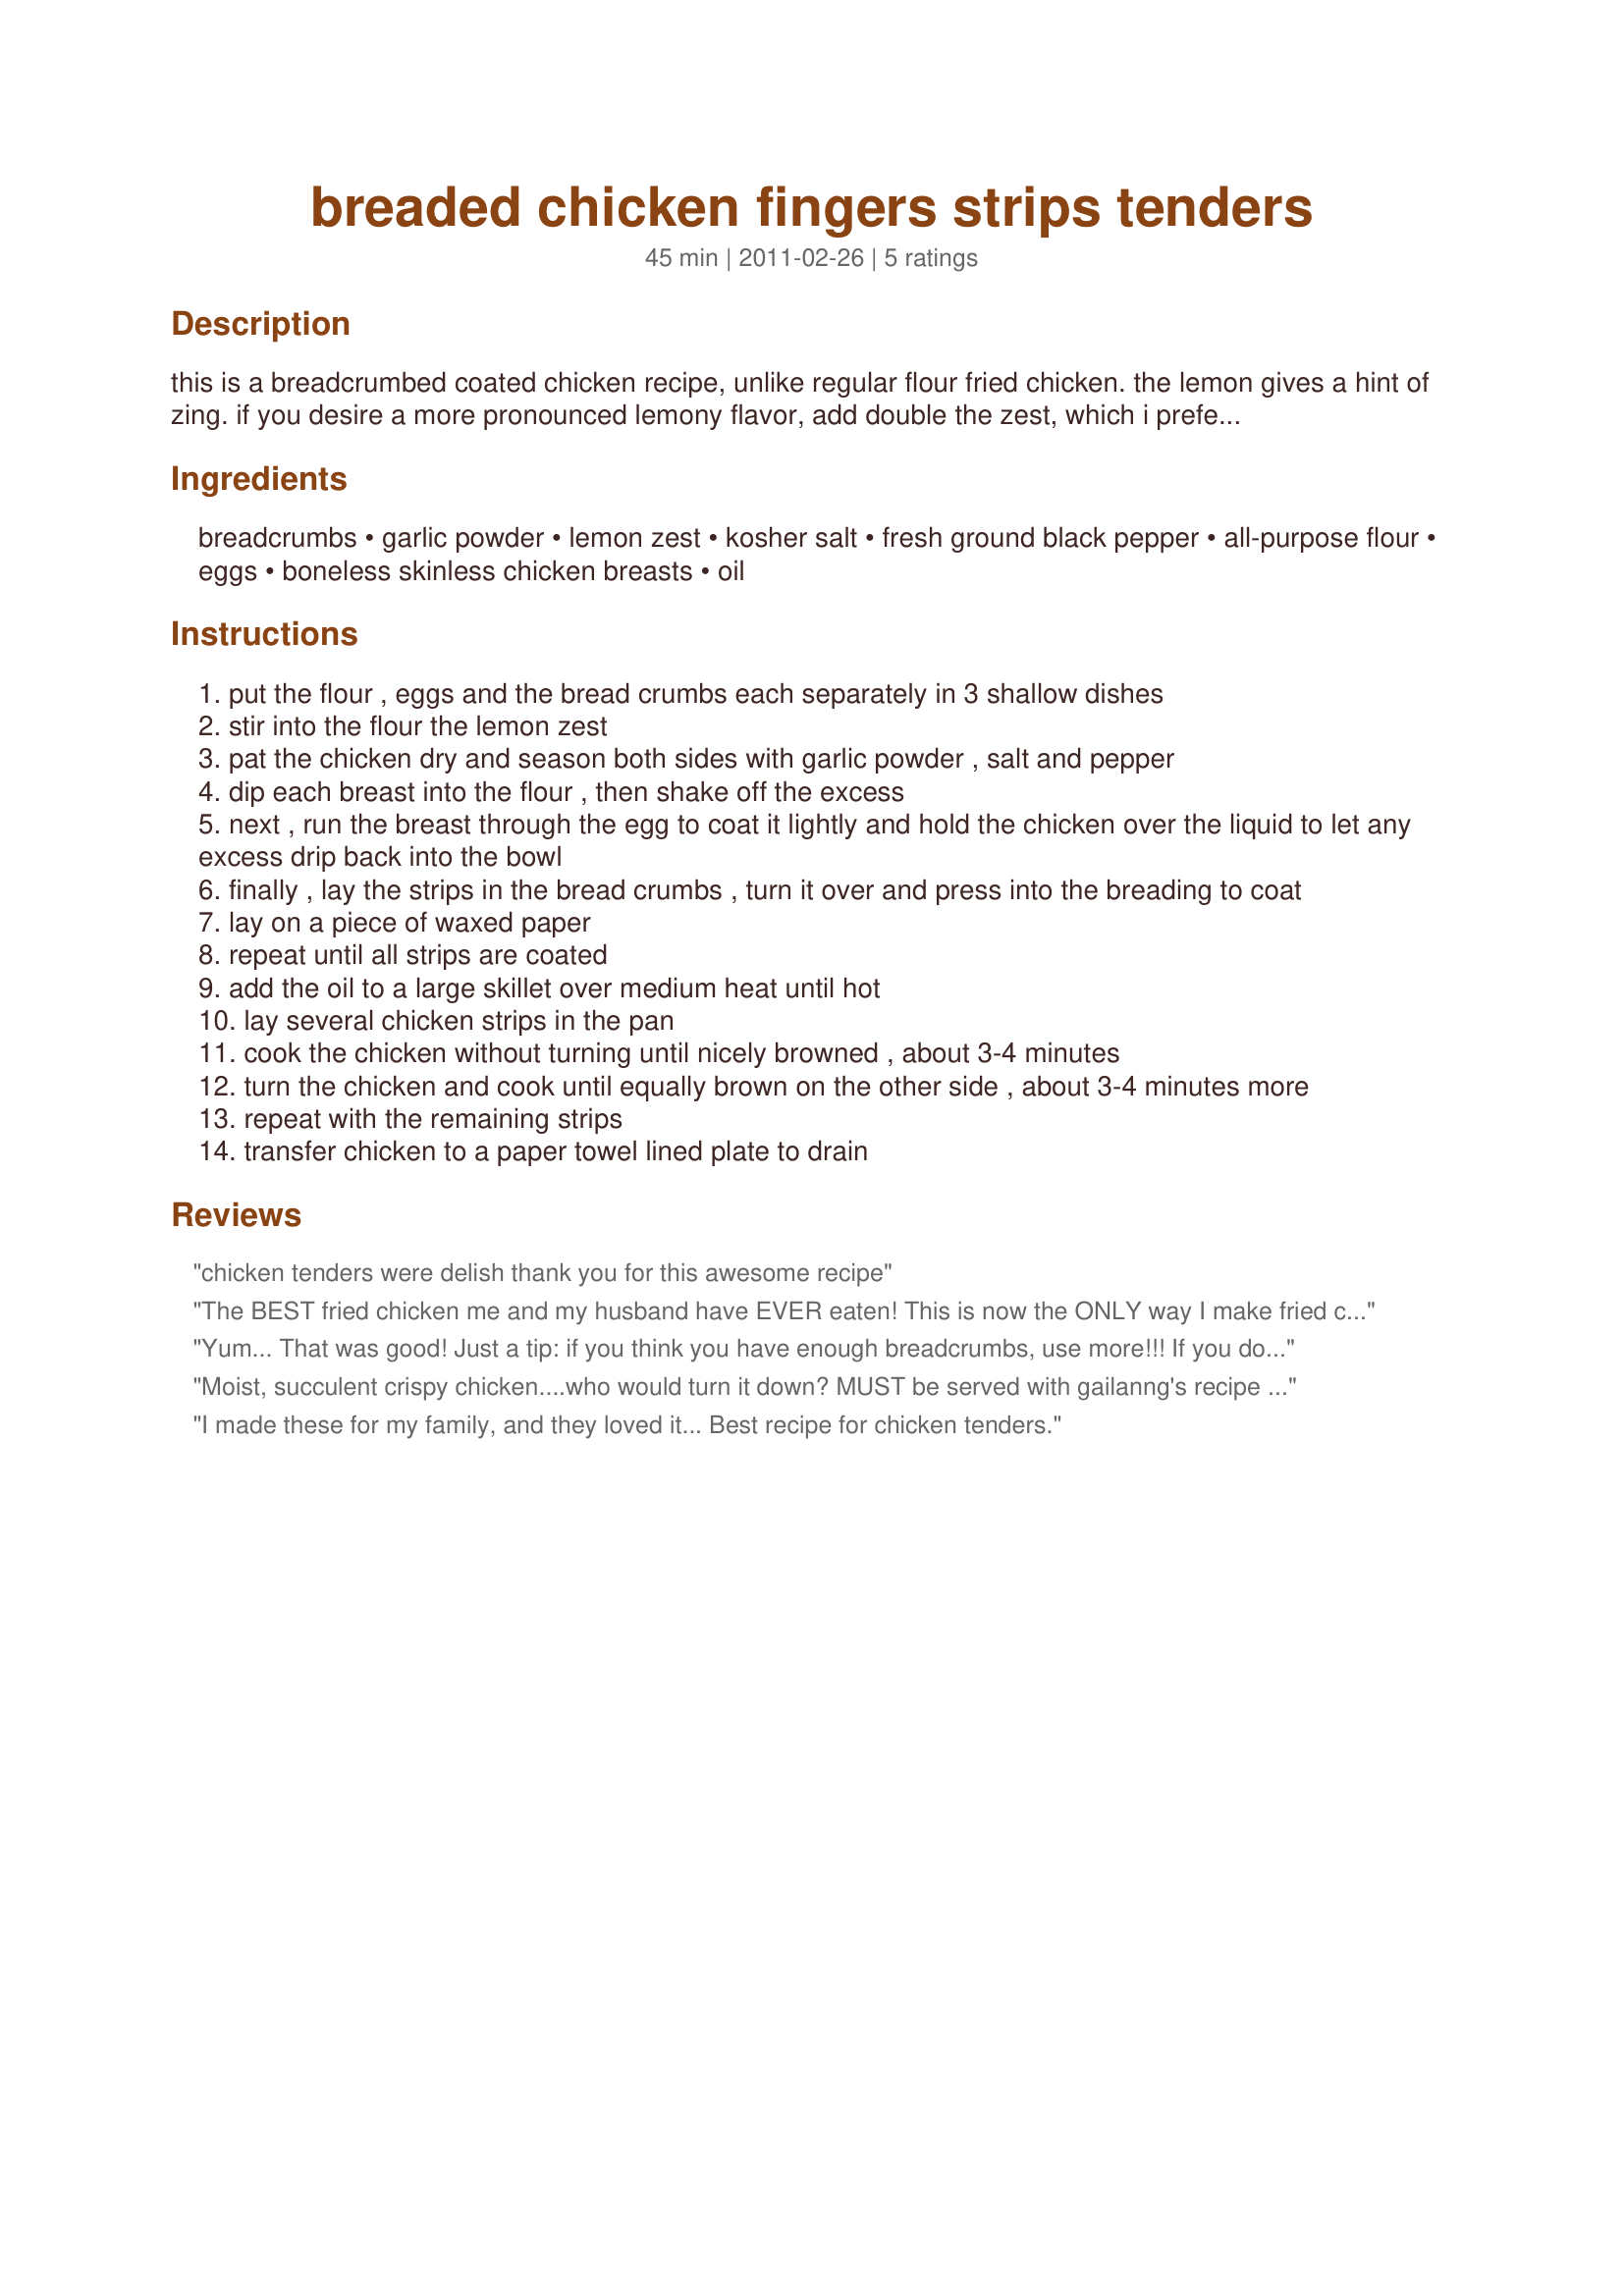
breaded chicken fingers strips tenders
Preparation time: 45 minutes

this is a breadcrumbed coated chicken recipe, unlike regular flour fried chicken. the lemon gives a hint of zing. if you desire a more pronounced lemony flavor, add double the zest, which i prefer. check out my sauces...recipe #430587, recipe #391028, recipe #431929 or even recipe #449558.
.

Ingredients:
breadcrumbs, garlic powder, lemon zest, kosher salt, fresh ground black pepper, all-purpose flour, eggs, boneless skinless chicken breasts, oil

Steps:
put the flour , eggs and the bread crumbs each separately in 3 shallow dishes
stir into the flour the lemon zest
pat the chicken dry and season both sides with garlic powder , salt and pepper
dip each breast into the flour , then shake off the excess
next , run the breast through the egg to coat it lightly and hold the chicken over the liquid to let any excess drip back into the bowl
finally , lay the strips in the bread crumbs , turn it over and press into the breading to coat
lay on a piece of waxed paper
repeat until all strips are coated
add the oil to a large skillet over medium heat until hot
lay several chicken strips in the pan
cook the chicken without turning until nicely browned , about 3-4 minutes
turn the chicken and cook until equally brown on the other side , about 3-4 minutes more
repeat with the remaining strips
transfer chicken to a paper towel lined plate to drain

Reviews:
chicken tenders were delish thank you for this awesome recipe
The BEST fried chicken me and my husband have EVER eaten! This is now the ONLY way I make fried chicken tenders
Yum... That was good! Just a tip: if you think you have enough breadcrumbs, use more!!! If you don&#039;t your chicken tenders will be very oily. I enjoyed this meal. I used my own seceret sauce and it tasted awesome. I am never buying microwavable tenders again!
Moist, succulent crispy chicken....who would turn it down? MUST be served with gailanng's recipe #430587#430587 for maximum enjoyment!<br/>Made for PRMR.
I made these for my family, and they loved it...
Best recipe for chicken tenders.
